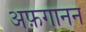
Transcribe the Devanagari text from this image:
अफ़गानन